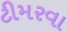
ટીમરવા